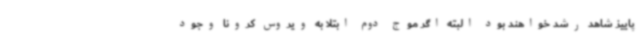
پاییز شاهد رشد خواهند بود البته اگر موج دوم ابتلا به ویروس کرونا وجود